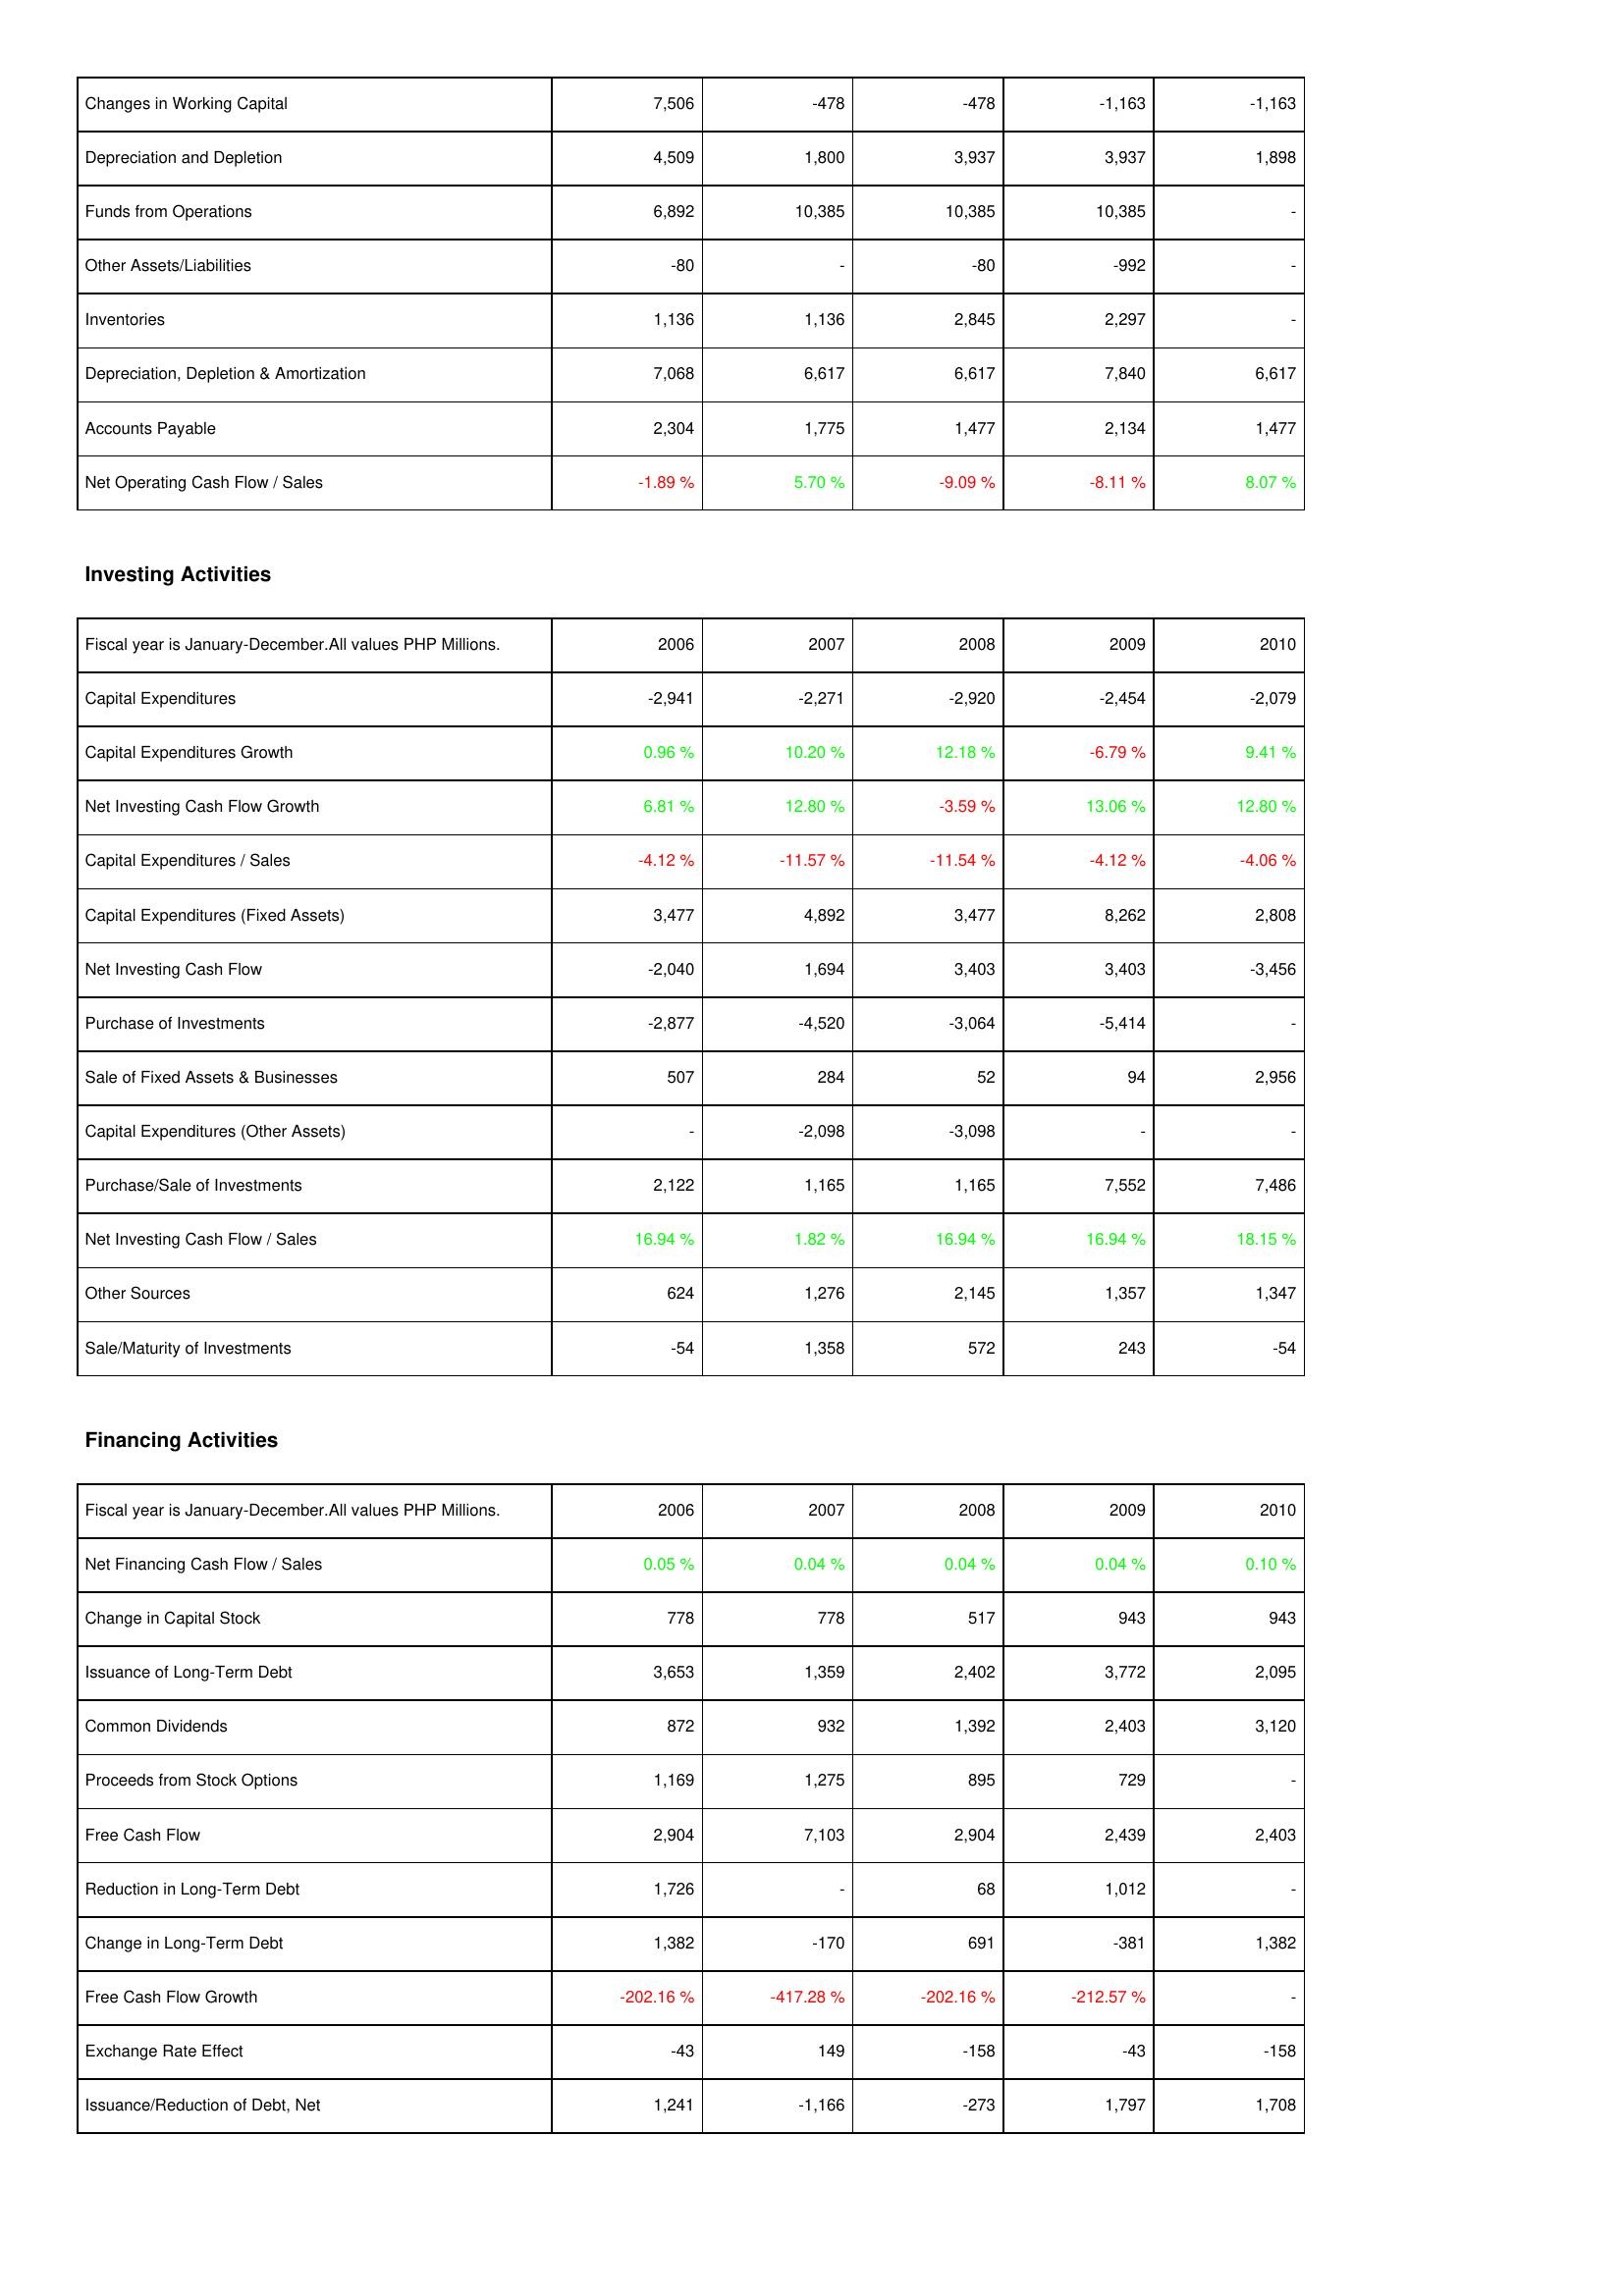
2006: Operating Activities: Changes in Working Capital: 7,506
Depreciation and Depletion: 4,509
Funds from Operations: 6,892
Other Assets/Liabilities: -80
Inventories: 1,136
Depreciation, Depletion & Amortization: 7,068
Accounts Payable: 2,304
Net Operating Cash Flow / Sales: -1.89 %
Investing Activities: Capital Expenditures: -2,941
Capital Expenditures Growth: 0.96 %
Net Investing Cash Flow Growth: 6.81 %
Capital Expenditures / Sales: -4.12 %
Capital Expenditures (Fixed Assets): 3,477
Net Investing Cash Flow: -2,040
Purchase of Investments: -2,877
Sale of Fixed Assets & Businesses: 507
Capital Expenditures (Other Assets): -
Purchase/Sale of Investments: 2,122
Net Investing Cash Flow / Sales: 16.94 %
Other Sources: 624
Sale/Maturity of Investments: -54
Financing Activities: Net Financing Cash Flow / Sales: 0.05 %
Change in Capital Stock: 778
Issuance of Long-Term Debt: 3,653
Common Dividends: 872
Proceeds from Stock Options: 1,169
Free Cash Flow: 2,904
Reduction in Long-Term Debt: 1,726
Change in Long-Term Debt: 1,382
Free Cash Flow Growth: -202.16 %
Exchange Rate Effect: -43
Issuance/Reduction of Debt, Net: 1,241
2007: Operating Activities: Changes in Working Capital: -478
Depreciation and Depletion: 1,800
Funds from Operations: 10,385
Other Assets/Liabilities: -
Inventories: 1,136
Depreciation, Depletion & Amortization: 6,617
Accounts Payable: 1,775
Net Operating Cash Flow / Sales: 5.70 %
Investing Activities: Capital Expenditures: -2,271
Capital Expenditures Growth: 10.20 %
Net Investing Cash Flow Growth: 12.80 %
Capital Expenditures / Sales: -11.57 %
Capital Expenditures (Fixed Assets): 4,892
Net Investing Cash Flow: 1,694
Purchase of Investments: -4,520
Sale of Fixed Assets & Businesses: 284
Capital Expenditures (Other Assets): -2,098
Purchase/Sale of Investments: 1,165
Net Investing Cash Flow / Sales: 1.82 %
Other Sources: 1,276
Sale/Maturity of Investments: 1,358
Financing Activities: Net Financing Cash Flow / Sales: 0.04 %
Change in Capital Stock: 778
Issuance of Long-Term Debt: 1,359
Common Dividends: 932
Proceeds from Stock Options: 1,275
Free Cash Flow: 7,103
Reduction in Long-Term Debt: -
Change in Long-Term Debt: -170
Free Cash Flow Growth: -417.28 %
Exchange Rate Effect: 149
Issuance/Reduction of Debt, Net: -1,166
2008: Operating Activities: Changes in Working Capital: -478
Depreciation and Depletion: 3,937
Funds from Operations: 10,385
Other Assets/Liabilities: -80
Inventories: 2,845
Depreciation, Depletion & Amortization: 6,617
Accounts Payable: 1,477
Net Operating Cash Flow / Sales: -9.09 %
Investing Activities: Capital Expenditures: -2,920
Capital Expenditures Growth: 12.18 %
Net Investing Cash Flow Growth: -3.59 %
Capital Expenditures / Sales: -11.54 %
Capital Expenditures (Fixed Assets): 3,477
Net Investing Cash Flow: 3,403
Purchase of Investments: -3,064
Sale of Fixed Assets & Businesses: 52
Capital Expenditures (Other Assets): -3,098
Purchase/Sale of Investments: 1,165
Net Investing Cash Flow / Sales: 16.94 %
Other Sources: 2,145
Sale/Maturity of Investments: 572
Financing Activities: Net Financing Cash Flow / Sales: 0.04 %
Change in Capital Stock: 517
Issuance of Long-Term Debt: 2,402
Common Dividends: 1,392
Proceeds from Stock Options: 895
Free Cash Flow: 2,904
Reduction in Long-Term Debt: 68
Change in Long-Term Debt: 691
Free Cash Flow Growth: -202.16 %
Exchange Rate Effect: -158
Issuance/Reduction of Debt, Net: -273
2009: Operating Activities: Changes in Working Capital: -1,163
Depreciation and Depletion: 3,937
Funds from Operations: 10,385
Other Assets/Liabilities: -992
Inventories: 2,297
Depreciation, Depletion & Amortization: 7,840
Accounts Payable: 2,134
Net Operating Cash Flow / Sales: -8.11 %
Investing Activities: Capital Expenditures: -2,454
Capital Expenditures Growth: -6.79 %
Net Investing Cash Flow Growth: 13.06 %
Capital Expenditures / Sales: -4.12 %
Capital Expenditures (Fixed Assets): 8,262
Net Investing Cash Flow: 3,403
Purchase of Investments: -5,414
Sale of Fixed Assets & Businesses: 94
Capital Expenditures (Other Assets): -
Purchase/Sale of Investments: 7,552
Net Investing Cash Flow / Sales: 16.94 %
Other Sources: 1,357
Sale/Maturity of Investments: 243
Financing Activities: Net Financing Cash Flow / Sales: 0.04 %
Change in Capital Stock: 943
Issuance of Long-Term Debt: 3,772
Common Dividends: 2,403
Proceeds from Stock Options: 729
Free Cash Flow: 2,439
Reduction in Long-Term Debt: 1,012
Change in Long-Term Debt: -381
Free Cash Flow Growth: -212.57 %
Exchange Rate Effect: -43
Issuance/Reduction of Debt, Net: 1,797
2010: Operating Activities: Changes in Working Capital: -1,163
Depreciation and Depletion: 1,898
Funds from Operations: -
Other Assets/Liabilities: -
Inventories: -
Depreciation, Depletion & Amortization: 6,617
Accounts Payable: 1,477
Net Operating Cash Flow / Sales: 8.07 %
Investing Activities: Capital Expenditures: -2,079
Capital Expenditures Growth: 9.41 %
Net Investing Cash Flow Growth: 12.80 %
Capital Expenditures / Sales: -4.06 %
Capital Expenditures (Fixed Assets): 2,808
Net Investing Cash Flow: -3,456
Purchase of Investments: -
Sale of Fixed Assets & Businesses: 2,956
Capital Expenditures (Other Assets): -
Purchase/Sale of Investments: 7,486
Net Investing Cash Flow / Sales: 18.15 %
Other Sources: 1,347
Sale/Maturity of Investments: -54
Financing Activities: Net Financing Cash Flow / Sales: 0.10 %
Change in Capital Stock: 943
Issuance of Long-Term Debt: 2,095
Common Dividends: 3,120
Proceeds from Stock Options: -
Free Cash Flow: 2,403
Reduction in Long-Term Debt: -
Change in Long-Term Debt: 1,382
Free Cash Flow Growth: -
Exchange Rate Effect: -158
Issuance/Reduction of Debt, Net: 1,708